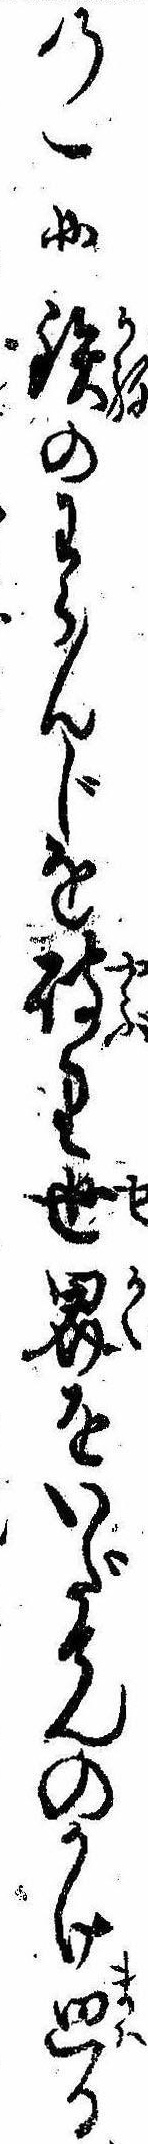
の一日鉄のわらんじを破り世界をいだてんのかけ廻る